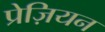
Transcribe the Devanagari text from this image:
प्रेज़ियन